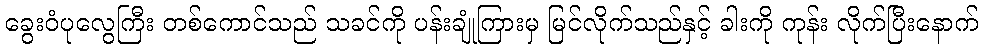
ခွေးဝံပုလွေကြီး တစ်ကောင်သည် သခင်ကို ပန်းချုံကြားမှ မြင်လိုက်သည်နှင့် ခါးကို ကုန်း လိုက်ပြီးနောက်